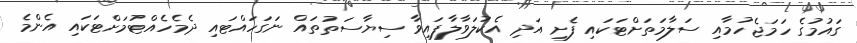
ގައުމުގެ ހަމަޖެހުމާއި ސަލާމަތަށްޓަކައި ފެށި އަދި އެކުލަވާލާފައިވާ ސިޔާސަތުތައް ނަގަހައްޓައި ދެމެހެއްޓުމަށްޓަކައި އެންމެ